Annual administration and progress report of the Indian Medical Department, Bombay
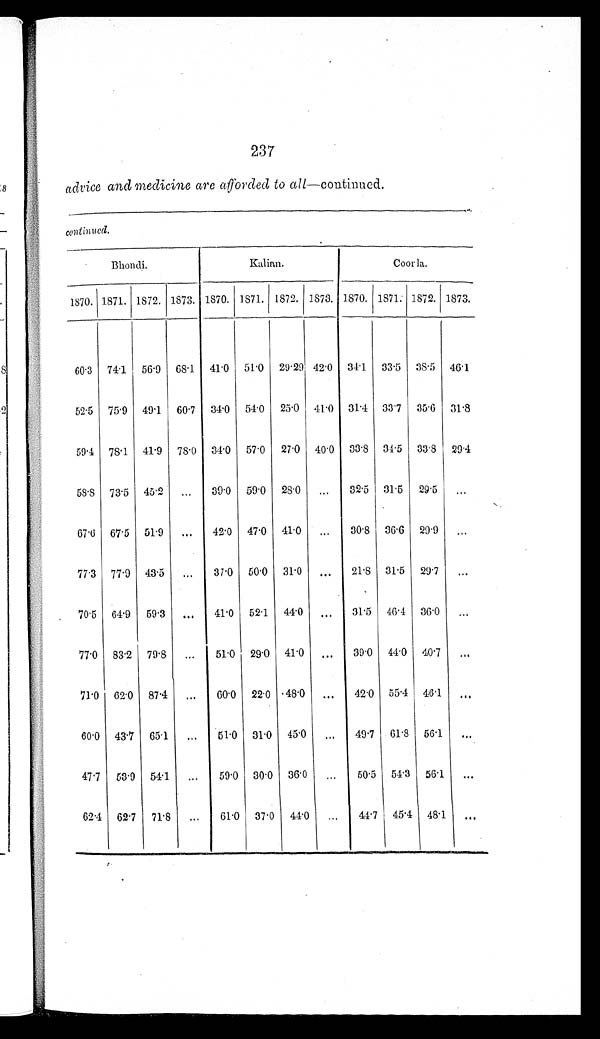
237
advice and medicine are arforded to all— continued.
c continued.
B h o n d i .
K a l i a n .
Coorla.
1870. 1871. 1872. 1873. 1870. 1871. 1872. 1873. 1870. 1871. 1872. 1873.
60.3 74.1 56.9 68.1 41.0 51.0 29.29 42.0 34.1 33.5 38.5 46.1
52.5 75.9 49.1 60.7 34.0 54.0 25.0 41.0 31.4 33.7 35.6 31.8
59.4 78.1 41.9 78.0 34.0 57.0 27.0 40.0 33.8 34.5 33.8 29.4
58.8 73.5 45.2
...
39.0 59.0 28.0
...
32.5 31.5 29.5
. . .
67.6 67.5 51.9
...
42.0 47.0 41.0
...
30.8 36.6 29.9
. . .
77.3 77.9 43.5
...
37.0 50.0 31.0
...
21.8
31.5 29.7 ...
70.5 64.9 59.3
...
41.0 52.1 44.0
...
31.5 46.4 36.0
. . .
77.0 83.2 79.8
...
51.0 29.0 41.0 ...
39.0 44.0 40.7
. . .
71.0 62.0 87.4
...
60.0 22.0 48.0 ...
42.0 55.4 46.1
. . .
60.0 43.7 65.1
...
51.0 31.0 45.0
...
49.7 61.8 56.1
. . .
47.7 53.9 54.1
...
59.0 30.0 36.0
...
50.5 54.3 56.1
. . .
62.4 62.7 71.8 ...
61.0 37.0 44.0 ...
44.7 45.4 48.1
...